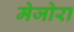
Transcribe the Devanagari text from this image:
मेजोरा